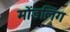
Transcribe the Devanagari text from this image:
मोंडलिंग